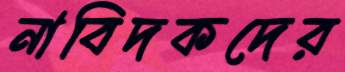
নাবিদকদের